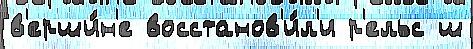
в'ерши́н'е восстанов'и́л'и р'ельс ш